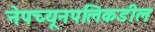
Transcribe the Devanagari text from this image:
नेपच्यूनपलिकडील